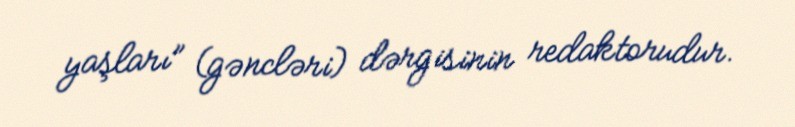
yaşları” (gəncləri) dərgisinin redaktorudur.